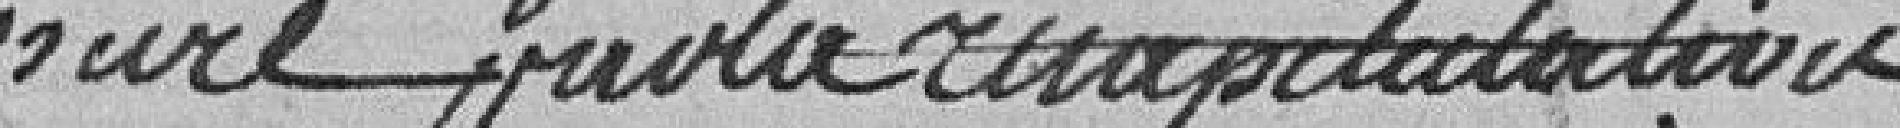
rassuré? par cette capitulation